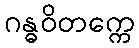
ဂန္ဓဝိတက္ကေ